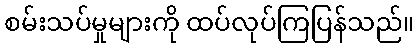
စမ်းသပ်မှုများကို ထပ်လုပ်ကြပြန်သည်။